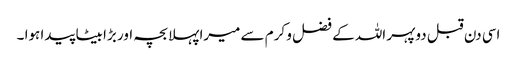
اسی دن قبل دوپہر اللہ کے فضل و کرم سے میرا پہلا بچہ اور بڑا بیٹا پیدا ہوا ۔